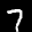
Label: 7